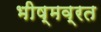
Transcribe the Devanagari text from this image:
भीष्मव्रत